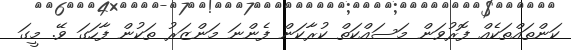
ކަންތައްތަކެއް ފޮރުވަން މަސައްކަތް ކުރާކަން ފެންނަ މަންޒަރު ތަކުން ފާހަގަ ވޭ. މީގަ